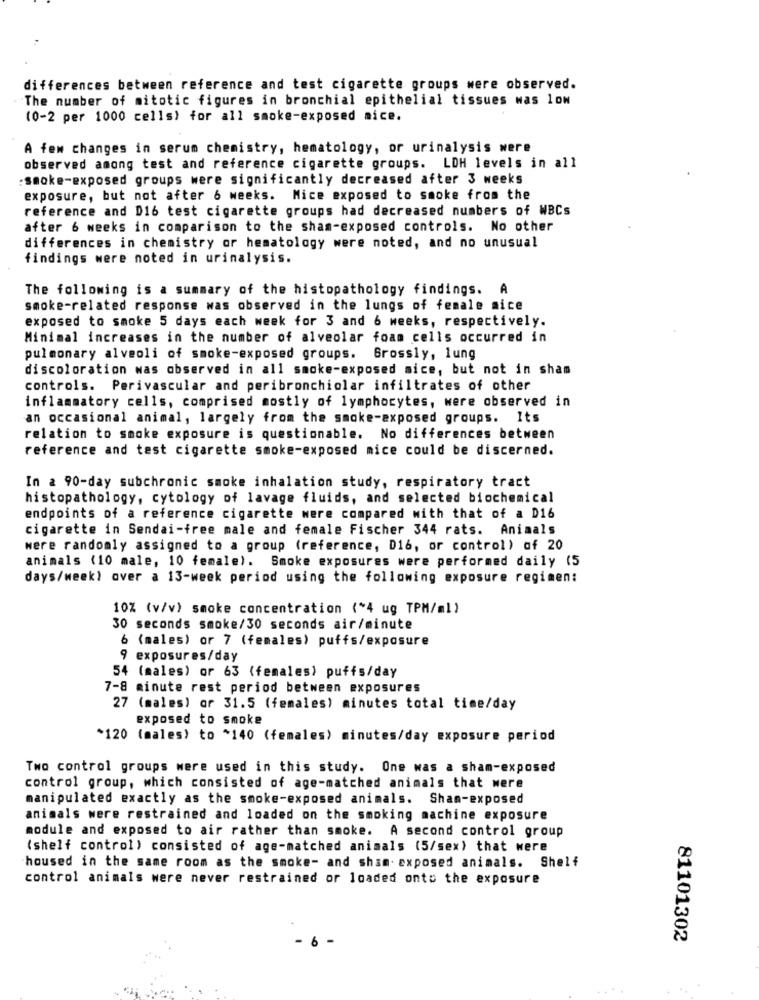
differences between reference and test cigarette groups were observed.
The number of mitotic figures in bronchial epithelial tissues was low
(0-2 per 1000 cells) for all smoke-exposed nice.
A few changes in serum chemistry, hematology, or urinalysis were
observed among test and reference cigarette groups. LDH levels in all
:smoke-exposed groups were significantly decreased after 3 weeks
exposure, but not after 6 weeks. Mice exposed to smoke from the
reference and D16 test cigarette groups had decreased numbers of WBCs
after 6 weeks in comparison to the sham-exposed controls. No other
differences in chemistry or hematology were noted, and no unusual
findings were noted in urinalysis.
The following is a summary of the histopathology findings. A
smoke-related response was observed in the lungs of female nice
exposed to smoke 5 days each week for 3 and 6 weeks, respectively.
Minimal increases in the number of alveolar foam cells occurred in
pulmonary alveoli of smoke-exposed groups.
Grossly, lung
discoloration was observed in all smoke-exposed mice, but not in sham
controls. Perivascular and peribronchiolar infiltrates of other
inflammatory cells, comprised mostly of lymphocytes, were observed in
an occasional animal, largely from the smoke-exposed groups. Its
relation to smoke exposure is questionable. No differences between
reference and test cigarette smoke-exposed mice could be discerned.
In a 90-day subchronic smoke inhalation study, respiratory tract
histopathology, cytology of lavage fluids, and selected biochemical
endpoints of a reference cigarette were compared with that of a D16
cigarette in Sendai-free male and female Fischer 344 rats. Animals
were randomly assigned to a group (reference, D16, or control) of 20
animals (10 male, 10 female). Smoke exposures were performed daily (5
days/week) over a 13-week period using the following exposure regimen:
10% (v/v) smoke concentration (*4 ug TPM/ml)
30 seconds smoke/30 seconds air/minute
6 (males) or 7 (females) puffs/exposure
9 exposures/day
54 (males) or 63 (females) puffs/day
7-8 minute rest period between exposures
27 (males) or 31.5 (females) minutes total time/day
exposed to smoke
*120 (males) to *140 (females) minutes/day exposure period
Two control groups were used in this study. One was a sham-exposed
control group, which consisted of age-matched animals that were
manipulated exactly as the smoke-exposed animals. Sham-exposed
animals were restrained and loaded on the smoking machine exposure
module and exposed to air rather than smoke. A second control group
(shelf control) consisted of age-matched animals (5/sex) that were
housed in the same room as the smoke- and sham. exposed animals. Shelf
control animals were never restrained or loaded onto the exposure
- 6
81101302